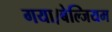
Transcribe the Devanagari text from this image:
गया।बेल्जियम